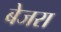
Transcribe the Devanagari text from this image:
बेजरा